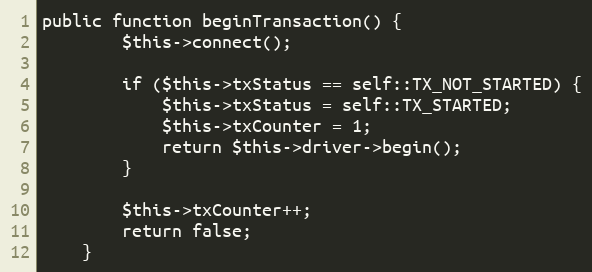
Language: PHP
public function beginTransaction() {
		$this->connect();

		if ($this->txStatus == self::TX_NOT_STARTED) {
			$this->txStatus = self::TX_STARTED;
			$this->txCounter = 1;
			return $this->driver->begin();
		}

		$this->txCounter++;
		return false;
	}